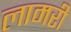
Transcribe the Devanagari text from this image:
लामरी